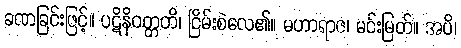
ခဏခြင်းဖြင့်။ ပဋိနိဝတ္တတိ၊ ငြိမ်းစဲလေ၏။ မဟာရာဇ၊ မင်းမြတ်။ အပိ၊